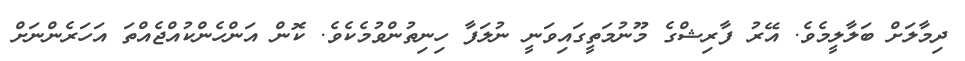
ދިމާލަށް ބަލާލީމެވެ. އޭރު ފާރިޝްގެ މޫނުމަތީގައިވަނީ ނުލަފާ ހިނިތުންވުމެކެވެ. ކޮން އަންހެންކުއްޖެއްތަ އަހަރެންނަށް